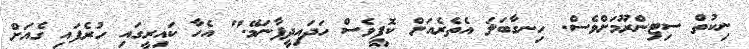
ނިކުތް ސިޓިންރޫމަށްވެސް. ހިނގާބަލަ އެތެރެއަށް ކޮފީވެސް ހަދައިދީފާނަމޭ." އެހާ ކައިރީގައި ހުރެފައި ގެއަށް